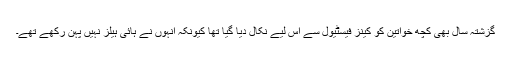
گزشتہ سال بھی کچھ خواتین کو کینز فیسٹیول سے اس لیے نکال دیا گیا تھا کیونکہ انہوں نے ہائی ہیلز نہیں پہن رکھے تھے۔